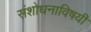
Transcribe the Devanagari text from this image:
संशोधनाविषयी